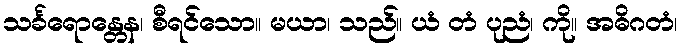
သင်္ခရောန္တေန၊ စီရင်သော။ မယာ၊ သည်။ ယံ တံ ပုညံ၊ ကို။ အဓိဂတံ၊